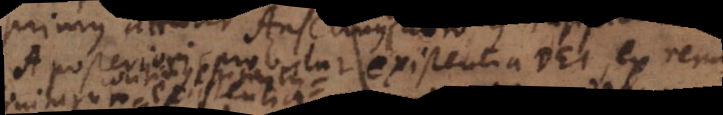
posteriori probatur existentia Dei, ex rerum